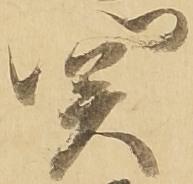
関